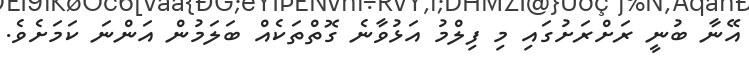
އޭނާ ބުނީ ރަށްރަށުގައި މި ފިލްމު އަޅުވާނެ ގޮތްތަކެއް ބަލަމުން އަންނަ ކަމަށެވެ.